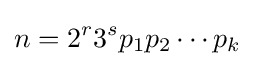
n=2^{r}3^{s}p_{1}p_{2}\cdots p_{k}